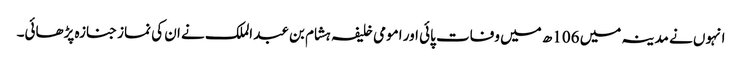
انہوں نے مدینہ میں 106ھ میں وفات پائی اور امومی خلیفہ ہشام بن عبد الملک نے ان کی نماز جنازہ پڑھائی۔